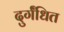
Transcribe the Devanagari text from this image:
दुर्गंधित